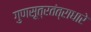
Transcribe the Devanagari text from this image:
गुणसूत्रतंत्राधारे